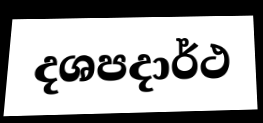
දශපදාර්ථ